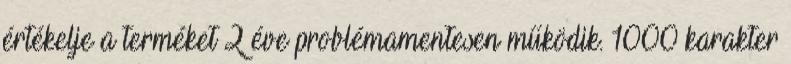
értékelje a terméket 2 éve problémamentesen működik. 1000 karakter